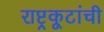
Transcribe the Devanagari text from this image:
राष्ट्रकूटांची